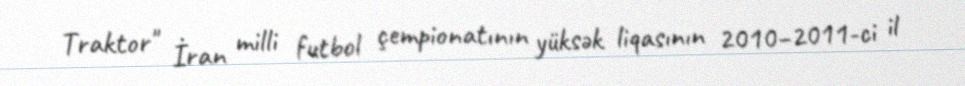
Traktor" İran milli futbol çempionatının yüksək liqasının 2010–2011-ci il